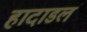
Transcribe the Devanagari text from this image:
हादाडलं